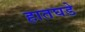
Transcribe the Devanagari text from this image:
हातघडे